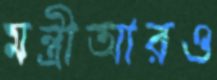
মন্ত্রীআরও